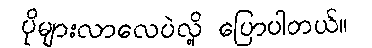
ပိုများလာလေပဲလို့ ပြောပါတယ်။